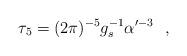
\begin{align*}\tau_5=(2\pi)^{-5}g_s^{-1}\alpha'^{-3}~~,\end{align*}